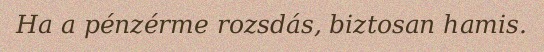
Ha a pénzérme rozsdás, biztosan hamis.